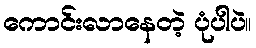
ကောင်းလာနေတဲ့ ပုံပါပဲ။